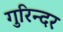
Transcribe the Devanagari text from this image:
गुरिन्दर